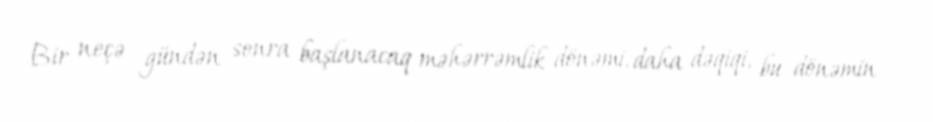
Bir neçə gündən sonra başlanacaq məhərrəmlik dönəmi, daha dəqiqi, bu dönəmin